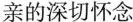
亲的深切怀念